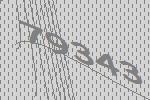
79343